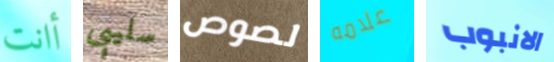
أانت سليبي لصوص علامه الانبوب